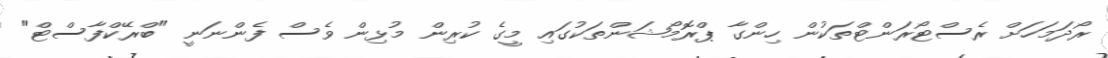
ރޯދަމަހަށް ރެސްޓޯރަންޓްތަކުން ހިންގާ ޕްރޮމޯޝަންތަކުގައި މީގެ ކުރިން މުޅިން ވެސް ފެންނަނީ "ބްރޭކްފާސްޓް"